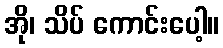
အို၊ သိပ် ကောင်းပေါ့။